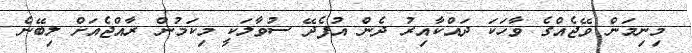
މިނިމަން ވޭޖެއްގެ ވާހަކަ ދައްކާއިރު ދެން އުފެދޭ ސުވާލަކީ މިކަމުން ރާއްޖެއަށް ލިބޭނެ